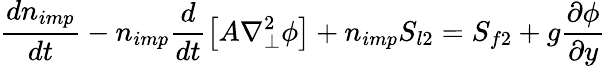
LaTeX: \frac{dn_{imp}}{dt}-n_{imp}\frac{d}{dt}\left[A\nabla_{\perp}^{2}\phi\right]+n_{imp}S_{l2}=S_{f2}+g\frac{\partial\phi}{\partial y}